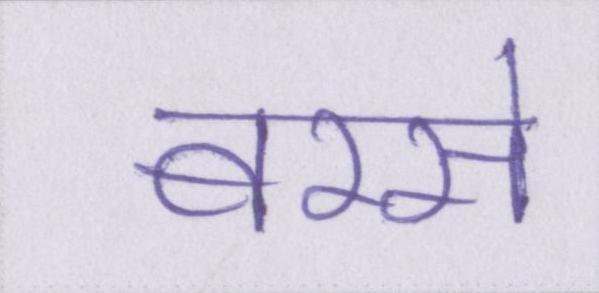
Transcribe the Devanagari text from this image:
बरसे